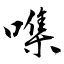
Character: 㗱